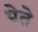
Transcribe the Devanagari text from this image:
पेते